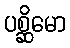
ပစ္ဆိမော